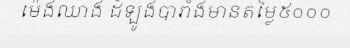
ម៉េងឈាង ដំឡូងបារាំងមានតម្លៃ៥០០០